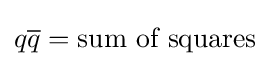
q{\overline {q}}={\text{sum of squares}}